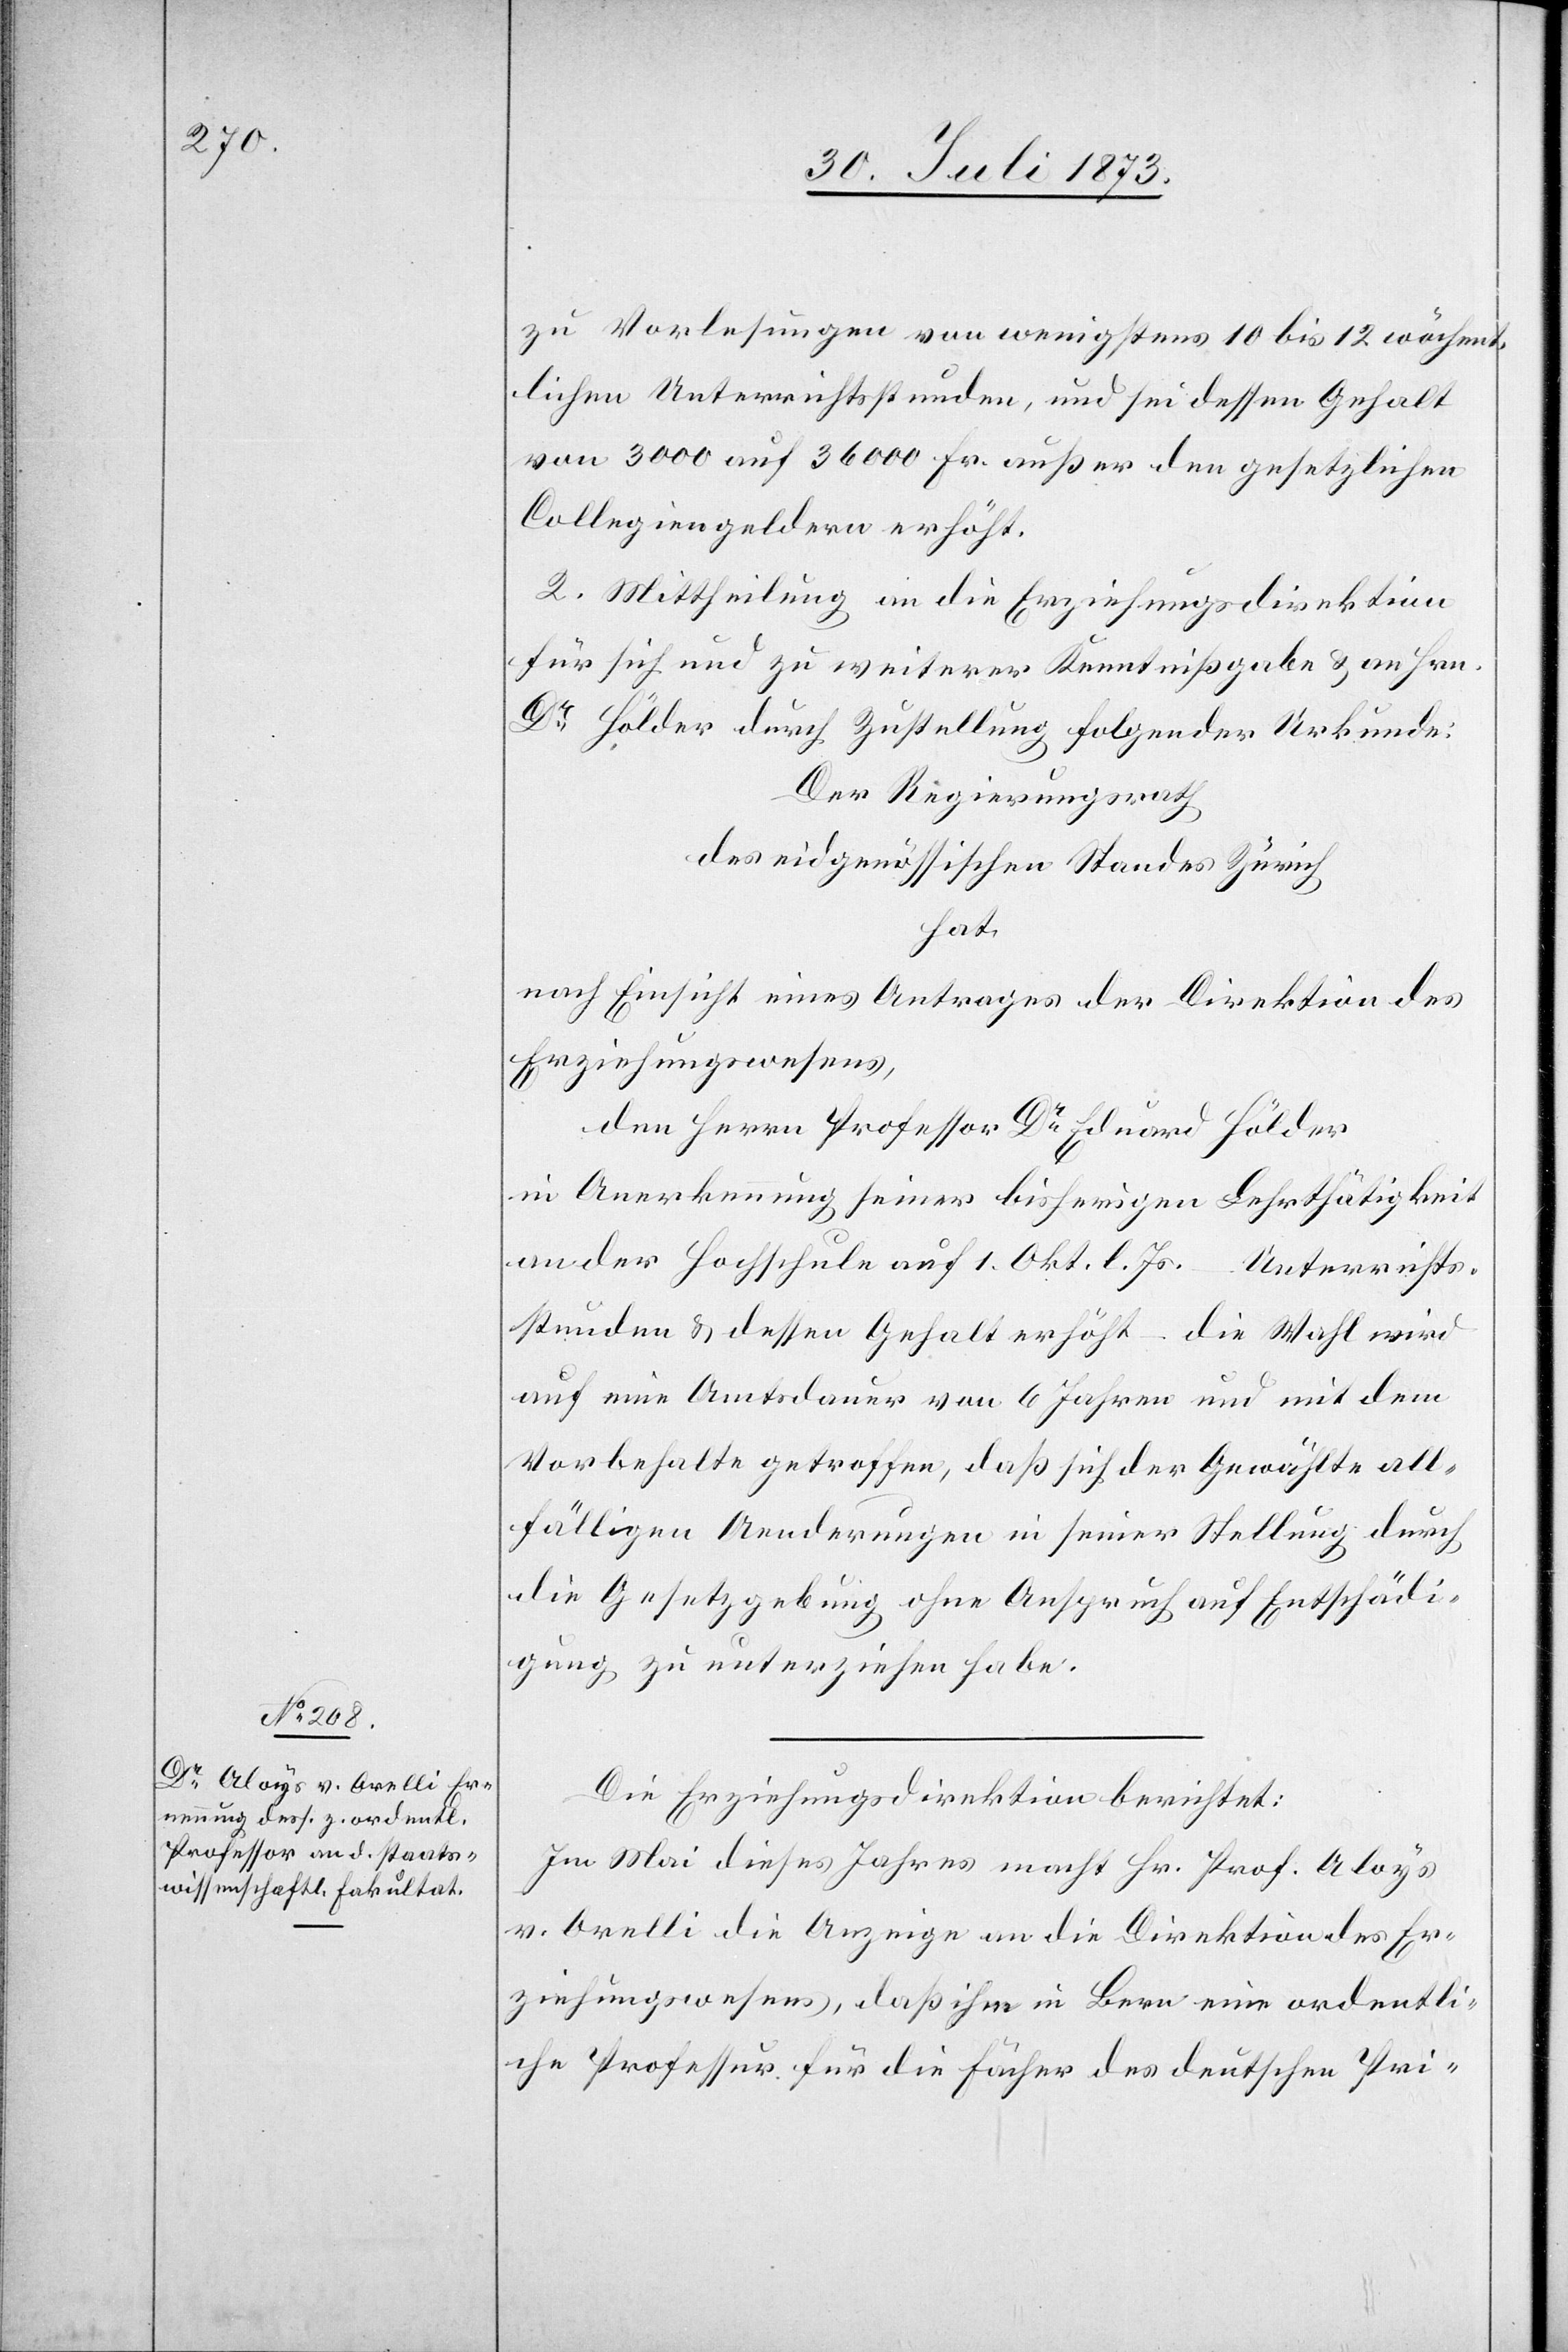
zu Vorlesungen von wenigsten 10 bis 12 wöchent¬
lichen Unterrichtsstunden, und sei dessen Gehalt
von 3 000 auf 36 000 [sic!] Fr. außer den gesetzlichen
Collegiengeldern erhöht.
2. Mittheilung an die Erziehungsdirektion
für sich und zu weiterer Kenntnißgabe & an Hrn.
Dr Hölder durch Zustellung folgender Urkunde:
Der Regierungsrath
des eidgenössischen Standes Zürich
hat
nach Einsicht eines Antrages der Direktion des
Erziehungswesens,
den Herrn Professor Dr Eduard Hölder
in Anerkennung seiner bisherigen Lehrthätigkeit
an der Hochschule auf 1. Okt. l. Js. – Unterrichts¬
stunden & dessen Gehalt erhöht – die Wahl wird
auf eine Amtsdauer von 6 Jahren und mit dem
Vorbehalte getroffen, daß sich der Gewählte all¬
fälligen Aenderungen in seiner Stellung durch
die Gesetzgebung ohne Anspruch auf Entschädi¬
gung zu unterziehen habe.
Die Erziehungsdirektion berichtet:
Im Mai dieses Jahres macht Hr. Prof. Aloys
v. Orelli die Anzeige an die Direktion des Er¬
ziehungswesens, daß ihm in Bern eine ordentli¬
ch Professur für die Fächer des deutschen Pri-